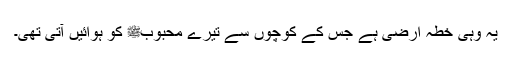
یہ وہی خطہ ارضی ہے جس کے کوچوں سے تیرے محبوبﷺ کو ہوائیں آتی تھی۔